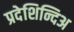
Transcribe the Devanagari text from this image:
प्रदेशिन्दिअ